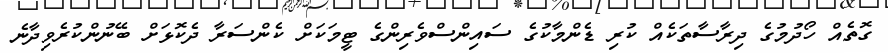
ގޮތެއް ހޯދުމުގެ ދިރާސާތަކެއް ކުރި ޑެންމާކުގެ ސައިންސްވެރިންގެ ޓީމަކަށް ކެންސަރާ ދެކޮޅަށް ބޭނުންކުރެވިދާނެ